Senior Leaving Certificate Examination (including Day School Certificate (Higher) General paper), 1950
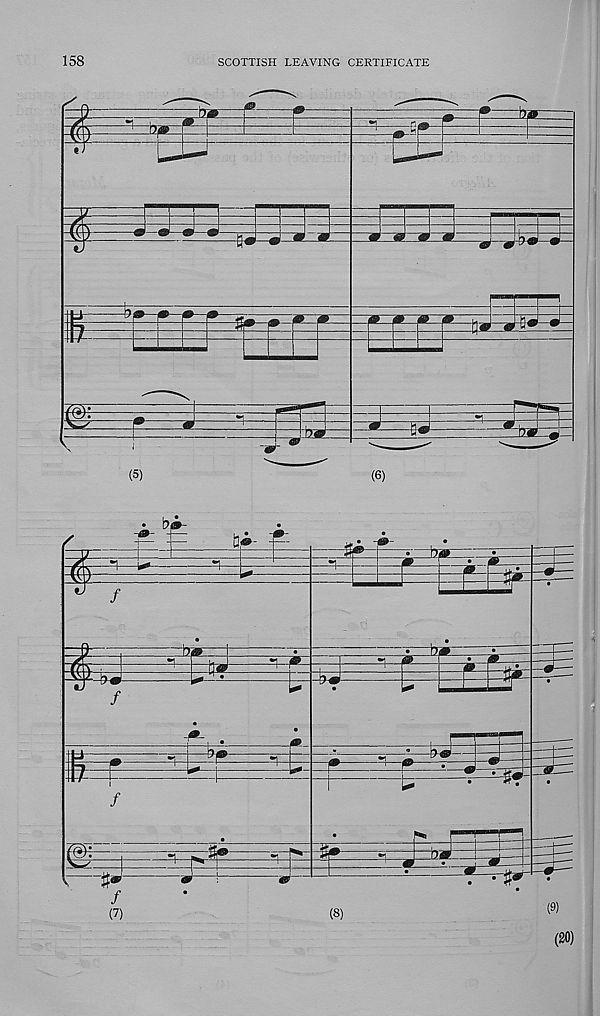
158
SCOTTISH LEAVING CERTIFICATE
t>ar
>^= g=
haH
oaz^:
\
(5)
(6)
• b®-
•
-•=
fei
P
i*»
^1-
/
bar
/
a-?
/
—#^-
/
pi
• b^i
• —
F 1^
=E==T-= L^f
w-
•
•
(8)
(9)
(SO)